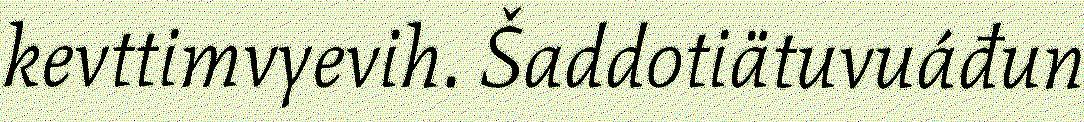
kevttimvyevih. Šaddotiätuvuáđun